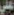
علي